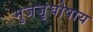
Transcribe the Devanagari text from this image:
मुजजुघोषाय